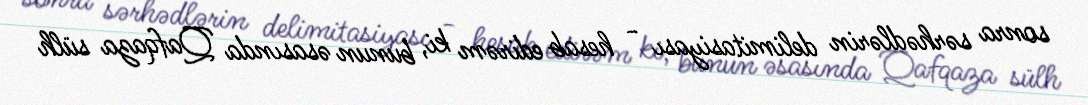
sonra sərhədlərin delimitasiyası - hesab edirəm ki, bunun əsasında Qafqaza sülh